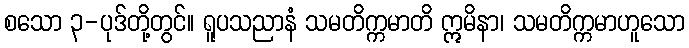
စသော ၃-ပုဒ်တို့တွင်။ ရူပသညာနံ သမတိက္ကမာတိ ဣမိနာ၊ သမတိက္ကမာဟူသော